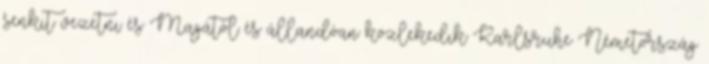
senkit vezetni és Magától és állandóan közlekedik Karlsruhe Németország